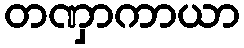
တဏှာကာယာ